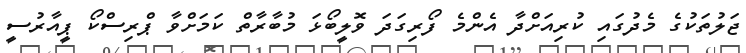
ޖަލުތަކުގެ މެދުގައި ކުރިއަށްދާ އެންމެ ފޯރިގަދަ ވޮލީބޯޅަ މުބާރާތް ކަމަށްވާ ޕްރިސްކޯ ޕީއާރުސީ